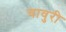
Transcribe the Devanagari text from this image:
चावुरी